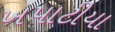
ખપાટીયા